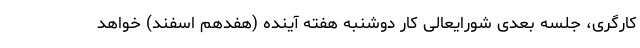
کارگری، جلسه بعدی شورایعالی کار دوشنبه هفته آینده (هفدهم اسفند) خواهد